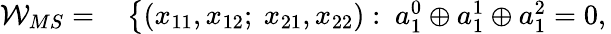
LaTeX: \begin{array}{rl}{\mathcal{W}_{MS}=}&{{}\left\{ (x_{11},x_{12};~x_{21},x_{22}):~a_{1}^{0}\oplus a_{1}^{1}\oplus a_{1}^{2}=0,\right.}\end{array}